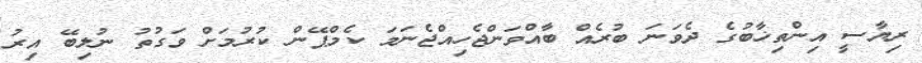
ރިޔާސީ އިންތިޚާބުގެ ދެވަނަ ބުރެއް ބާއްވަންޖެހިއްޖެނަމަ ކެމްޕޭން ކުރުމަށް ވަގުތު ނުލިބޭ އިރު